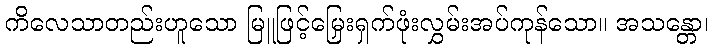
ကိလေသာတည်းဟူသော မြူဖြင့်မြှေးရှက်ဖုံးလွှမ်းအပ်ကုန်သော။ အသန္တော၊